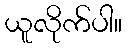
ယူလိုက်ပါ။